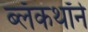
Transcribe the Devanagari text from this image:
ब्लॅकथॉर्न